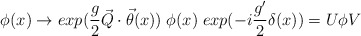
\begin{align*}\phi(x) \rightarrow exp(\frac{g}{2} \vec{Q} \cdot \vec{\theta}(x)) \;\phi(x) \; exp(-i\frac{g'}{2} \delta(x)) = U \phi V\end{align*}